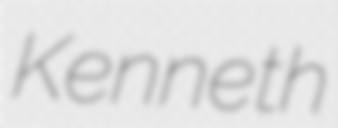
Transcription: Kenneth